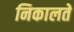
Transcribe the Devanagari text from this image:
निकालते